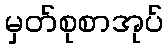
မှတ်စုစာအုပ်